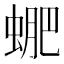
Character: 𧌳